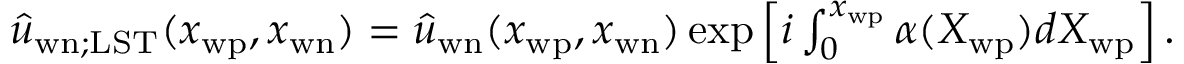
\begin{array} { r } { \hat { u } _ { \mathrm { w n } ; \mathrm { L S T } } ( x _ { \mathrm { w p } } , x _ { \mathrm { w n } } ) = \hat { u } _ { \mathrm { w n } } ( x _ { \mathrm { w p } } , x _ { \mathrm { w n } } ) \exp \left[ i \int _ { 0 } ^ { x _ { \mathrm { w p } } } \alpha ( X _ { \mathrm { w p } } ) d X _ { \mathrm { w p } } \right] . } \end{array}